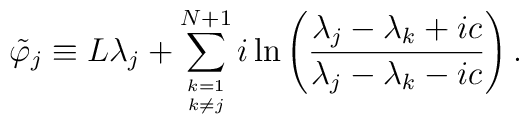
\tilde\varphi_j\equiv L\lambda_j+\sum_{k=1\atop{k\ne j}}^{N+1}i\ln\left(\frac{\lambda_j-\lambda_k+ic}{\lambda_j-\lambda_k-ic}\right).